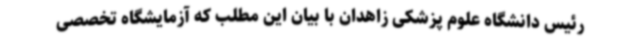
رئیس دانشگاه علوم پزشکی زاهدان با بیان این مطلب که آزمایشگاه تخصصی